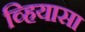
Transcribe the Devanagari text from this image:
व्हियासा